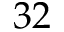
3 2